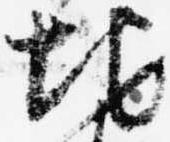
地